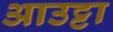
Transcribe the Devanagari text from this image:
आउट्टा